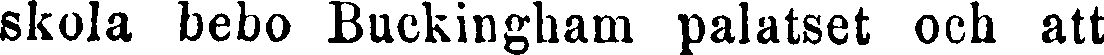
skola bebo Buckingham palatset och att